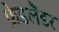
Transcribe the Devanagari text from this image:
फ्रेडलैंडर